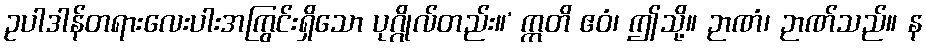
ဥပါဒါန်တရားလေးပါးအကြွင်းရှိသော ပုဂ္ဂိုလ်တည်း။’ ဣတိ ဧဝံ၊ ဤသို့။ ဉာဏံ၊ ဉာဏ်သည်။ န